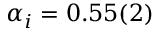
\alpha _ { i } = 0 . 5 5 ( 2 )